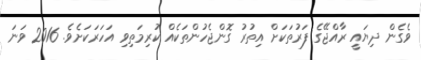
ވެގެން ދިޔައީ ރާއްޖޭގެ ފަރުތަކަށް އިތުރު ގޮންޖެހުންތަކެއް ކުރިމަތިވި އަހަރަކަށެވެ. 2016 ވަނަ